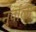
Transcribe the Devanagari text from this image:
नुर्वाला